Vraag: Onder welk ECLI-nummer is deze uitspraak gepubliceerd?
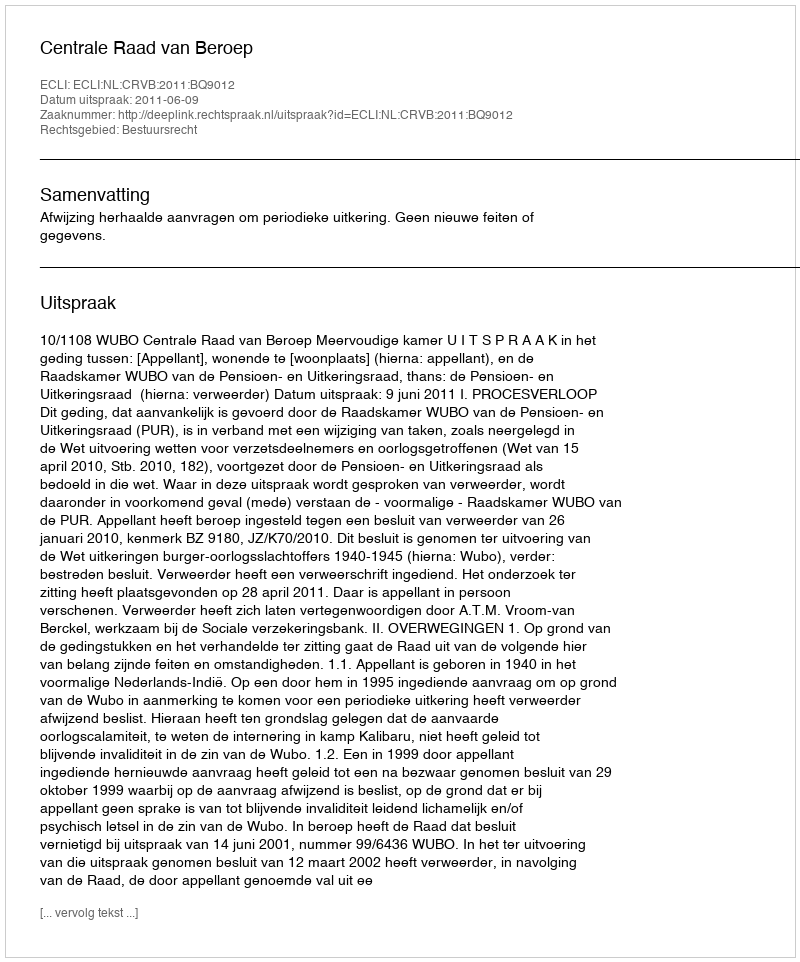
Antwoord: ECLI:NL:CRVB:2011:BQ9012